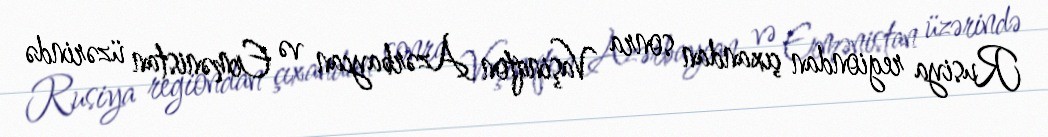
Rusiya regiondan çıxandan sonra Vaşinqton Azərbaycan və Ermənistan üzərində